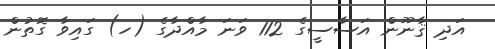
އަދި ޤާނޫން އަސާސީގެ 112 ވަނަ މާއްދާގެ (ހ) ގައިވާ ގޮތުން